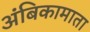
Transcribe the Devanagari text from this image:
अंबिकामाता